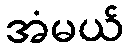
အံမယ်